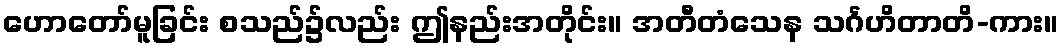
ဟောတော်မူခြင်း စသည်၌လည်း ဤနည်းအတိုင်း။ အတီတံသေန သင်္ဂဟိတာတိ-ကား။